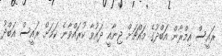
ރައީސް އިމްރާން އަބްދުގެ މައްޗަށް ޖިނާއީ ދައުވާ ކުރައްވާނެ ކަމަށް ރައީސް އަބްދު